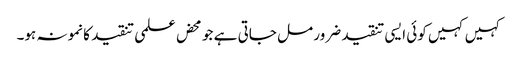
کہیں کہیں کوئی ایسی تنقید ضرور مل جاتی ہے جو محض علمی تنقید کا نمونہ ہو۔